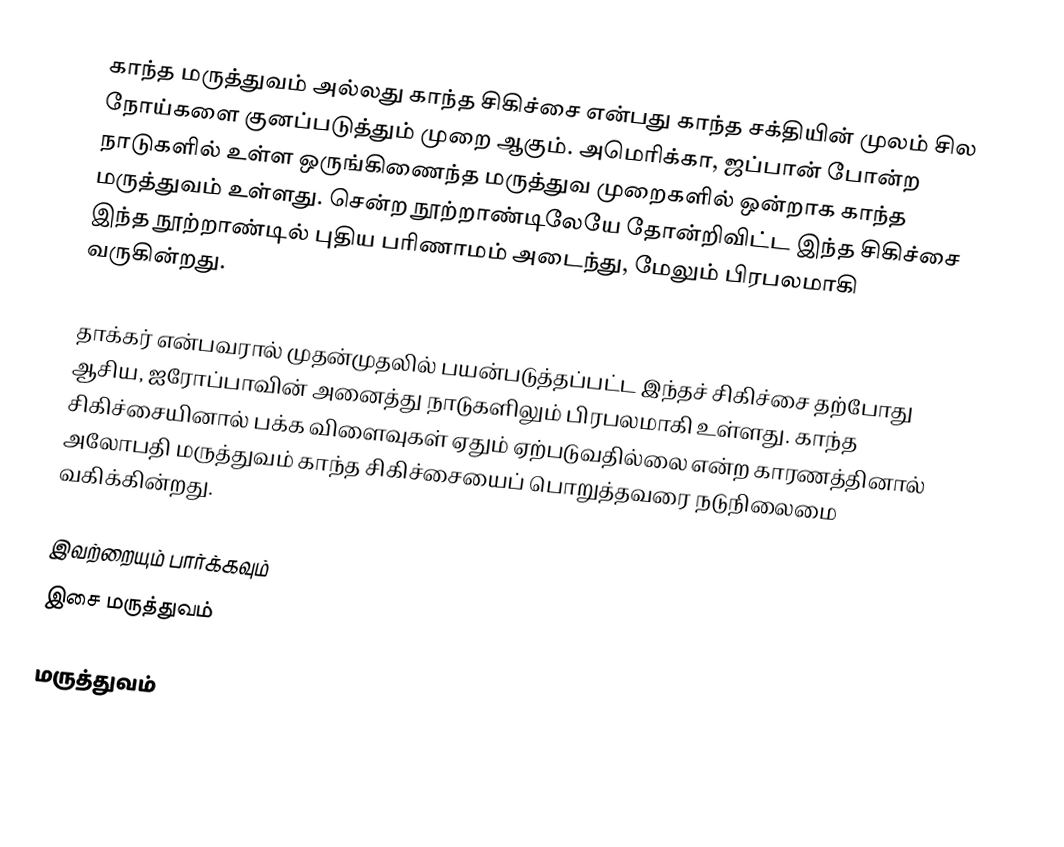
காந்த மருத்துவம் அல்லது காந்த சிகிச்சை என்பது காந்த சக்தியின் முலம் சில நோய்களை குனப்படுத்தும் முறை ஆகும். அமெரிக்கா, ஜப்பான் போன்ற நாடுகளில் உள்ள ஒருங்கிணைந்த மருத்துவ முறைகளில் ஒன்றாக காந்த மருத்துவம் உள்ளது. சென்ற நூற்றாண்டிலேயே தோன்றிவிட்ட இந்த சிகிச்சை இந்த நூற்றாண்டில் புதிய பரிணாமம் அடைந்து, மேலும் பிரபலமாகி வருகின்றது.

தாக்கர் என்பவரால் முதன்முதலில் பயன்படுத்தப்பட்ட இந்தச் சிகிச்சை தற்போது ஆசிய, ஐரோப்பாவின் அனைத்து நாடுகளிலும் பிரபலமாகி உள்ளது. காந்த சிகிச்சையினால் பக்க விளைவுகள் ஏதும் ஏற்படுவதில்லை என்ற காரணத்தினால் அலோபதி மருத்துவம் காந்த சிகிச்சையைப் பொறுத்தவரை நடுநிலைமை வகிக்கின்றது.

இவற்றையும் பார்க்கவும்
இசை மருத்துவம்

மருத்துவம்